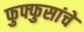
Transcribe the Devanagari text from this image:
फुफ्फुसांचे